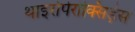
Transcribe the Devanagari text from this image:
थाइरोपेरोक्सिड़ेस